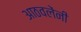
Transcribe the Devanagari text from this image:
आठवलेंनी